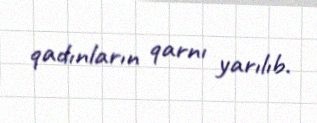
qadınların qarnı yarılıb.